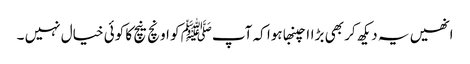
انھیں یہ دیکھ کر بھی بڑاا چنبھا ہوا کہ آپﷺ کو اونچ نیچ کا کوئی خیال نہیں ۔